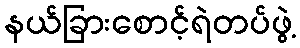
နယ်ခြားစောင့်ရဲတပ်ဖွဲ့